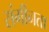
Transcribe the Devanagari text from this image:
संगीनता